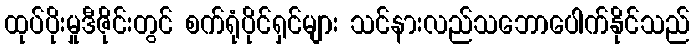
ထုပ်ပိုးမှုဒီဇိုင်းတွင် စက်ရုံပိုင်ရှင်များ သင်နားလည်သဘောပေါက်နိုင်သည်